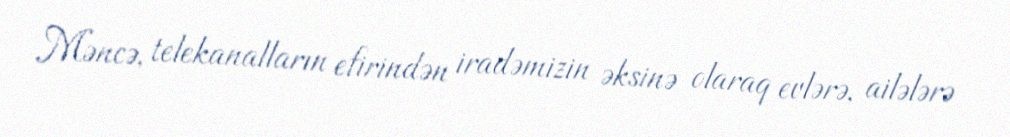
Məncə, telekanalların efirindən iradəmizin əksinə olaraq evlərə, ailələrə